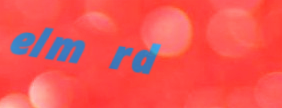
elm rd